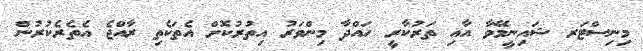
މިނިސްޓަރ ޝައިނީމޭވާ އާއި ތަރުކާރީ ހައްދާ މިންވަރު އިތުރުކޮށް އެތަކެތި ރާއްޖެ އެތެރެކުރުން